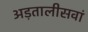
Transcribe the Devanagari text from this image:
अड़तालीसवां